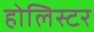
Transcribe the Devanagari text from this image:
होलिस्टर